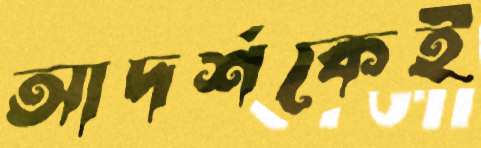
আদর্শকেই